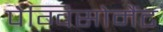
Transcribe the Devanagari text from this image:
पेग्विसोमैंट